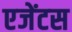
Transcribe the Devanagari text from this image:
एजेंटस